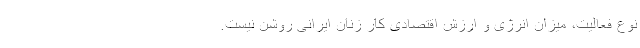
نوع فعالیت، میزان انرژی و ارزش اقتصادی کار زنان ایرانی روشن نیست.